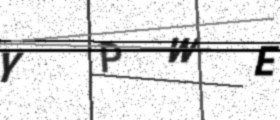
Text: YPWE